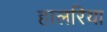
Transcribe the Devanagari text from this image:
हालरिया